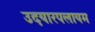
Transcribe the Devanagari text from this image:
उदयारपलायम